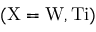
\mathrm { ( X = W , T i ) }